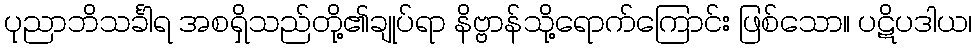
ပုညာဘိသင်္ခါရ အစရှိသည်တို့၏ချုပ်ရာ နိဗ္ဗာန်သို့ရောက်ကြောင်း ဖြစ်သော။ ပဋိပဒါယ၊